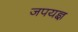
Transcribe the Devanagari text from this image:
जपयज्ञ